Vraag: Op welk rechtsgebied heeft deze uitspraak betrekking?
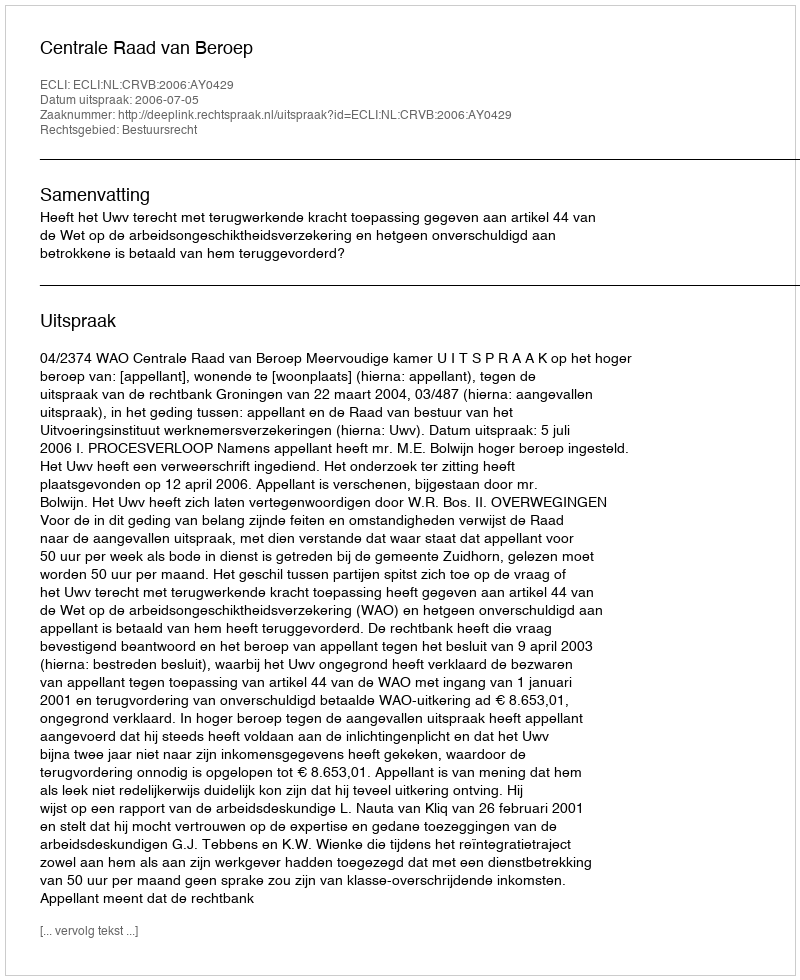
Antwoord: Bestuursrecht